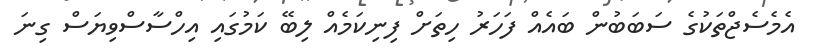
އެމެސެޖްތަކުގެ ސަބަބުން ބައެއް ފަހަރު ހިތަށް ފިނިކަމެއް ލިބޭ ކަމުގައި އިހްސާސްވިޔަސް ގިނަ